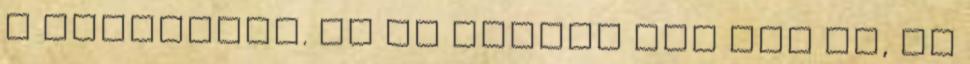
a regényben. Ha az elején még nem is, de